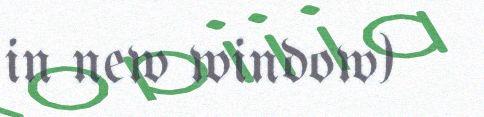
in new window)